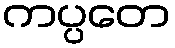
ကပ္ပတေ